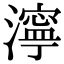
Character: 濘